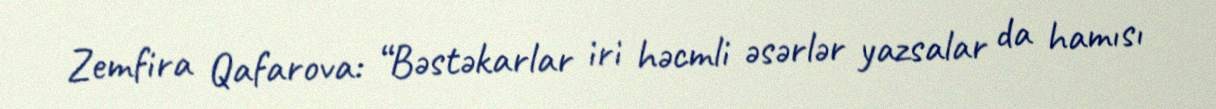
Zemfira Qafarova: “Bəstəkarlar iri həcmli əsərlər yazsalar da hamısı